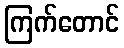
ကြက်တောင်